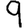
Digit: 9